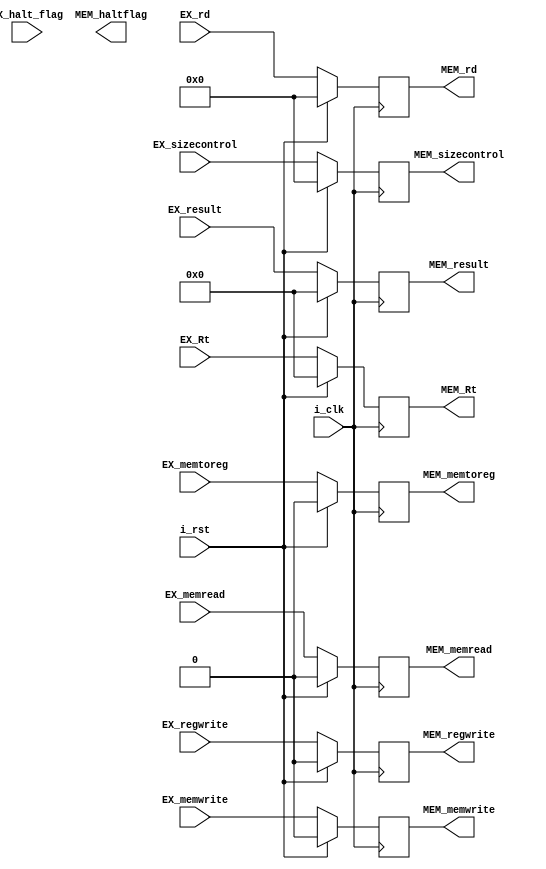
`timescale 1ns / 1ps

module EX_MEM_reg   #(
    parameter       NBITS   =   32      ,
    parameter       RBITS   =   5
)
(
    //Entradas
    input   wire    i_clk   ,       i_rst           ,
    input   wire    [NBITS-1:0]     EX_result       ,   //Resultado de la ALU
    input   wire    [RBITS-1:0]     EX_rd           ,   //Nombre de los registros
    input   wire    [NBITS-1:0]     EX_Rt           ,
    input   wire    [4:0]           EX_sizecontrol  ,
    input   wire    EX_memtoreg,    EX_memread      ,
                    EX_regwrite,    EX_memwrite     ,
                                    EX_halt_flag    ,
    //Salidas
    output  reg     [NBITS-1:0]     MEM_result      ,   //Resultado de la ALU
    output  reg     [RBITS-1:0]     MEM_rd          ,   //Nombre de los registros
    output  reg     [NBITS-1:0]     MEM_Rt          ,
    output  reg     [4:0]           MEM_sizecontrol ,
    output  reg     MEM_memtoreg,   MEM_memread     ,
                    MEM_regwrite,   MEM_memwrite    ,
                                    MEM_haltflag
);

always  @(posedge i_clk)
    begin
        if  (i_rst)
        begin
            MEM_result      <=      32'b0           ;
            MEM_Rt          <=      32'b0           ;
            MEM_rd          <=      5'b0            ;
            MEM_sizecontrol <=      5'b0            ;
            MEM_regwrite    <=      0               ;
            MEM_memtoreg    <=      0               ;
            MEM_memread     <=      0               ;
            MEM_memwrite    <=      0               ;
        end
        else
        begin
            MEM_result      <=      EX_result       ;
            MEM_Rt          <=      EX_Rt           ;
            MEM_rd          <=      EX_rd           ;
            MEM_sizecontrol <=      EX_sizecontrol  ;
            MEM_regwrite    <=      EX_regwrite     ;
            MEM_memtoreg    <=      EX_memtoreg     ;
            MEM_memread     <=      EX_memread      ;
            MEM_memwrite    <=      EX_memwrite     ;
        end
    end

endmodule